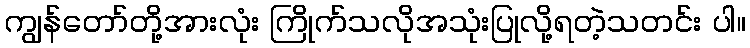
ကျွန်တော်တို့အားလုံး ကြိုက်သလိုအသုံးပြုလို့ရတဲ့သတင်း ပါ။